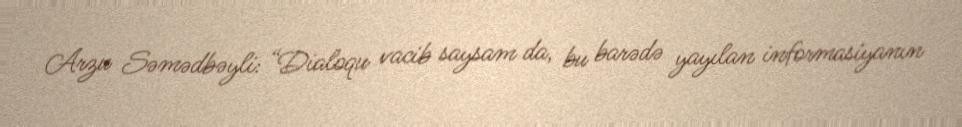
Arzu Səmədbəyli: “Dialoqu vacib saysam da, bu barədə yayılan informasiyanın